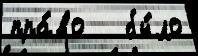
пра́во   бы́ло